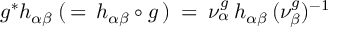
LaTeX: g ^ { * } h _ { \alpha \beta } \: ( \, = \, h _ { \alpha \beta } \circ g \, ) \: = \: \nu _ { \alpha } ^ { g } \, h _ { \alpha \beta } \, ( \nu _ { \beta } ^ { g } ) ^ { - 1 }